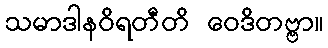
သမာဒါနဝိရတီတိ ဝေဒိတဗ္ဗာ။